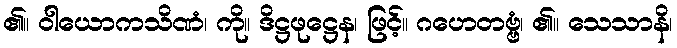
၏။ ဝါယောကသိဏံ၊ ကို။ ဒိဋ္ဌဖုဋ္ဌေန၊ ဖြင့်။ ဂဟေတဗ္ဗံ၊ ၏။ သေသာနိ၊